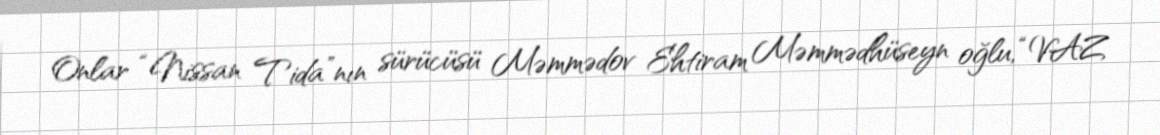
Onlar “Nissan Tida”nın sürücüsü Məmmədov Ehtiram Məmmədhüseyn oğlu, “VAZ